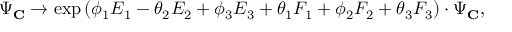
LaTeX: \Psi _ { \bf C } \rightarrow \exp { ( \phi _ { 1 } E _ { 1 } - \theta _ { 2 } E _ { 2 } + \phi _ { 3 } E _ { 3 } + \theta _ { 1 } F _ { 1 } + \phi _ { 2 } F _ { 2 } + \theta _ { 3 } F _ { 3 } ) } \cdot \Psi _ { \bf C } ,